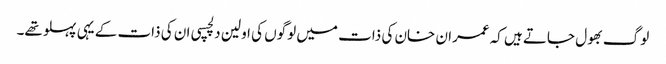
لوگ بھول جاتے ہیں کہ عمران خان کی ذات میں لوگوں کی اولین دلچسپی ان کی ذات کے یہی پہلو تھے۔